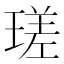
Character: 瑳